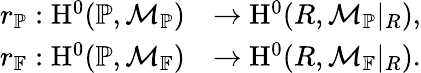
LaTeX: \begin{array}{rl}{r_{\mathbb{P}}:\operatorname{H}^{0}(\mathbb{P},\mathcal{M}_{\mathbb{P}})}&{\to\operatorname{H}^{0}(R,\mathcal{M}_{\mathbb{P}}|_{R}),}\\ {r_{\mathbb F}:\operatorname{H}^{0}(\mathbb{P},\mathcal{M}_{\mathbb F})}&{\to\operatorname{H}^{0}(R,\mathcal{M}_{\mathbb F}|_{R}).}\end{array}